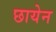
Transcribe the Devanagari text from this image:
छायेन